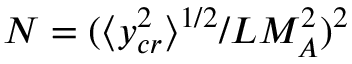
N = ( \langle y _ { c r } ^ { 2 } \rangle ^ { 1 / 2 } / L M _ { A } ^ { 2 } ) ^ { 2 }